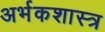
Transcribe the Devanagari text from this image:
अर्भकशास्त्र